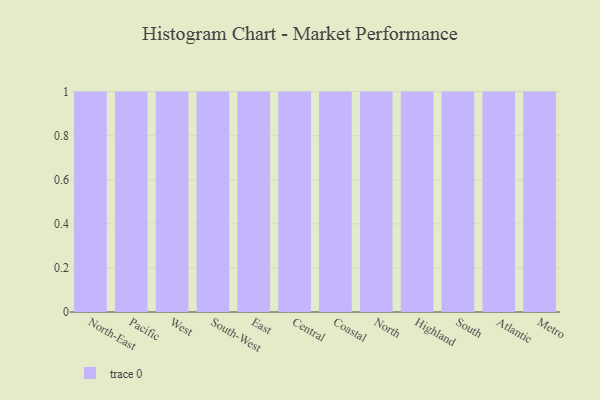
{"axis": {"x": "Region", "y": "Active Users"}, "legend": [""], "data": [{"x": "North-East", "y": 9, "type": ""}, {"x": "Pacific", "y": 96, "type": ""}, {"x": "West", "y": 57, "type": ""}, {"x": "South-West", "y": 17, "type": ""}, {"x": "East", "y": 3, "type": ""}, {"x": "Central", "y": 32, "type": ""}, {"x": "Coastal", "y": 48, "type": ""}, {"x": "North", "y": 76, "type": ""}, {"x": "Highland", "y": 30, "type": ""}, {"x": "South", "y": 81, "type": ""}, {"x": "Atlantic", "y": 43, "type": ""}, {"x": "Metro", "y": 74, "type": ""}]}